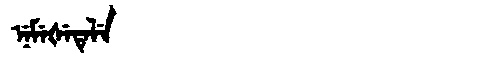
Manchu: ᠨᡝᠮᡝᡧᡝᡨᡝᠯᡝ
Romanization: NEMEŠETELE